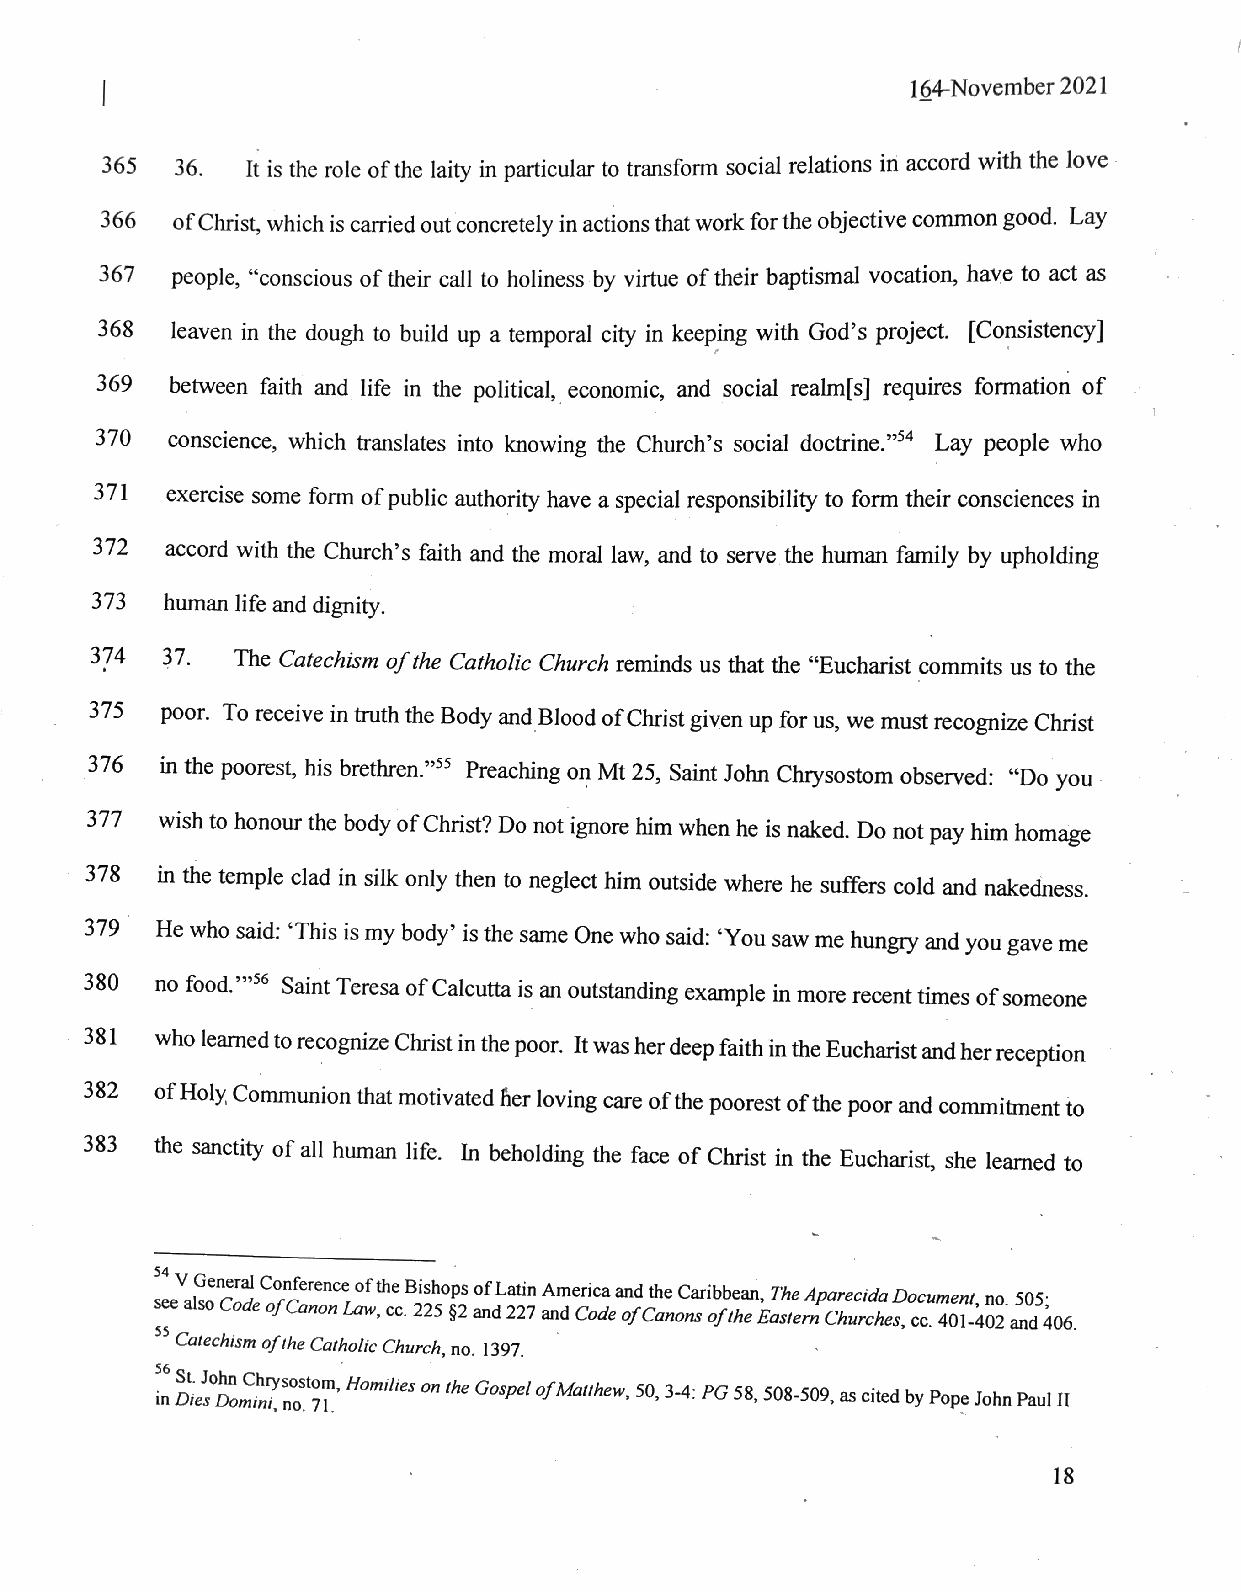
164-November 2021
 365 36.  tis the role of the laity in particular to transform social relations in accord with the love
 366 of Christ, which is carriedout concretely in actions thatworkforthe objective common good. Lay
 367  people, ?conscious of their call to holiness by virtue of their baptismal vocation, have to act as
 368
 leaven in the dough to build up a temporal city in keeping with God?s project. [Consistency]
 369  between faith and life in the political, economic, and social realm[s] requires formation of
 370
 conscience, which translates into knowing the Church?s social doctrine.?*4 Lay people who
 371
 exercise some form of public authority have aspecial responsibility to form their consciences in
 372
 accord with the Church?s faith and the moral law, and to serve the human family by upholding
 373
 human life and dignity.                            |
 374  37. The Catechism of the Catholic Church reminds us that the ?Eucharist commits us to the
 375
 poor. To receive intruth the BodyandBlood ofChrist given up for us, we must recognize Christ
 376
 in the poorest, his brethren.?*> Preaching on Mt 25, Saint John Chrysostom observed: ?Do you-
 377
 wish to honour the body of Christ? Donot ignore him when he is naked. Do not pay him homage
 378 in the temple clad in silk only then to neglect him outside where he suffers cold and nakedness.
 379°
 He who said: ?This is my body? is the same One who said: ?You saw me hungry andyou gaveme
 380
 no food.??** Saint Teresa of Calcutta is anoutstanding example in more recent times of someone
 - 381
 who learned to recognize Christinthepoor. Itwas herdeep faithinthe Eucharist andherreception
 382 ofHoly Communion that motivatedher loving careofthe poorest ofthe poor andcommitment to
 383
 the sanctity of all human life. In beholding the face of Christ in the Eucharist, she learned to
 -       ~
 ?_
 *4V General Conference oftheBishops ofLatinAmericaandtheCaribbean, TheAparecidaDocument, no. 505;
 So Code ofCanon Law, cc. 225 §2and 227and Code ofCanons oftheEasternChurches, cc. 401-402 and406.
 55 Catechism oftheCatholic Church, no. 1397.
 56          ,
 St. JohnChrysostom, Homilieson the Gospel ofMatthew, 50,3-4: PG 58,508-509, ascited byPope JohnPaul IT
 inDies Domini, no. 71.
 18